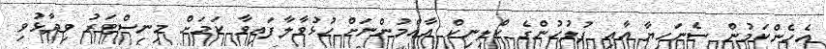
އެހެންކަމުން ސެނަހިޔާ އާއި ފުލުހުންގެ ކްލިނިކް އާއްމުންނަށް ހުޅުވާލާފައިވާ ކަމަށް މިނިސްޓަރު ވިދާޅުވި